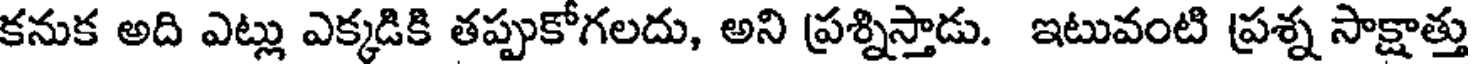
కనుక అది ఎట్లు ఎక్కడికి తప్పుకోగలదు, అని ప్రశ్నిస్తాడు. ఇటువంటి ప్రశ్న సాక్షాత్తు